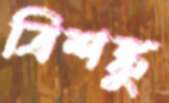
ত্রিশঙ্কু